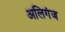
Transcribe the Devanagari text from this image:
अलिगंज